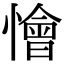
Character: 懀